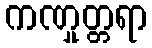
ကဏှုတ္တရာ